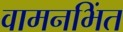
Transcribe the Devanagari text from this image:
वामनभिंत